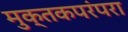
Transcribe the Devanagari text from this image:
मुक्तकपरंपरा